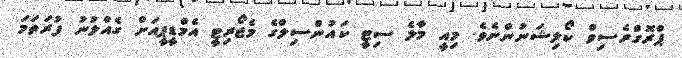
ޕްރޮގްރެސިވް ކޯލިޝަނުންނެވެ. މިއީ މާލެ ސިޓީ ކައުންސިލްގެ މެޖޯރިޓީ އެމްޑީޕީއަށް ގެއްލުނު ފުރަތަމަ